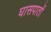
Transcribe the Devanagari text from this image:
घासपातों